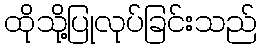
ထိုသို့ပြုလုပ်ခြင်းသည်